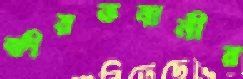
ক্ষীরভবানীর